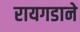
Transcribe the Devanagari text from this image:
रायगडाने